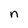
Character: n